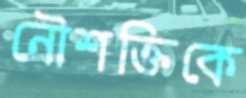
নৌশক্তিকে